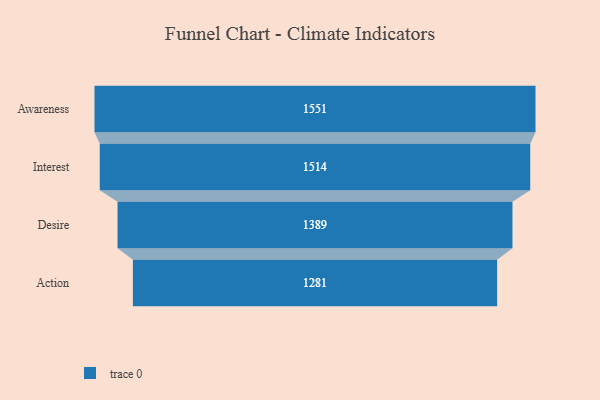
{"axis": {"x": "Stage", "y": "Value"}, "legend": [""], "data": [{"x": "Awareness", "y": 1551.0, "type": ""}, {"x": "Interest", "y": 1514.0, "type": ""}, {"x": "Desire", "y": 1389.0, "type": ""}, {"x": "Action", "y": 1281.0, "type": ""}]}